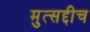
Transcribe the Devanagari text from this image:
मुत्सद्दीच